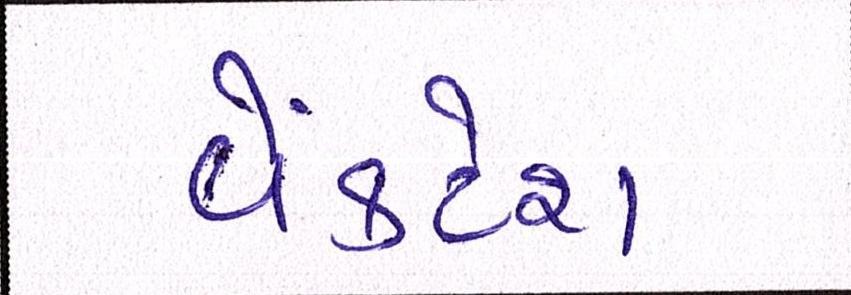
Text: વેંકટેશ